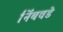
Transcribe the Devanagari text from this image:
निंबवडे